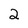
Character: 2